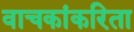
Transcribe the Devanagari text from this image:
वाचकांकरिता